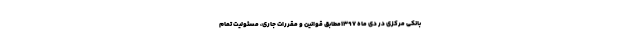
بانکی مرکزی در دی ماه ۱۳۹۷مطابق قوانین و مقررات جاری، مسئولیت تمام